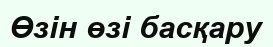
Өзін өзі басқару